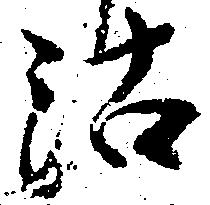
沽